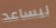
ليساعد